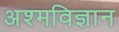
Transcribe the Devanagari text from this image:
अश्मविज्ञान